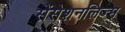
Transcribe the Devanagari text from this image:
सेंसेशनलिज्म